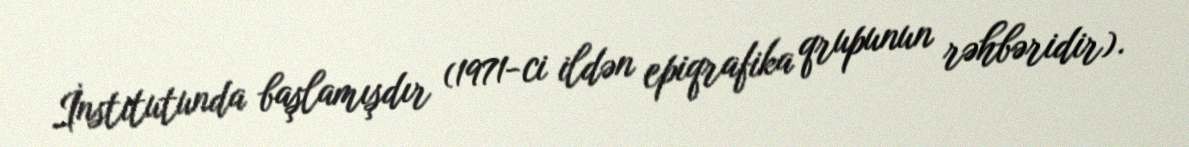
İnstitutunda başlamışdır (1971-ci ildən epiqrafika qrupunun rəhbəridir).